Vital statistics of India. Vol. IV, Annual returns from 1871 to 1876. British Army of India, Native Army and jails of Bengal
Year: 1871
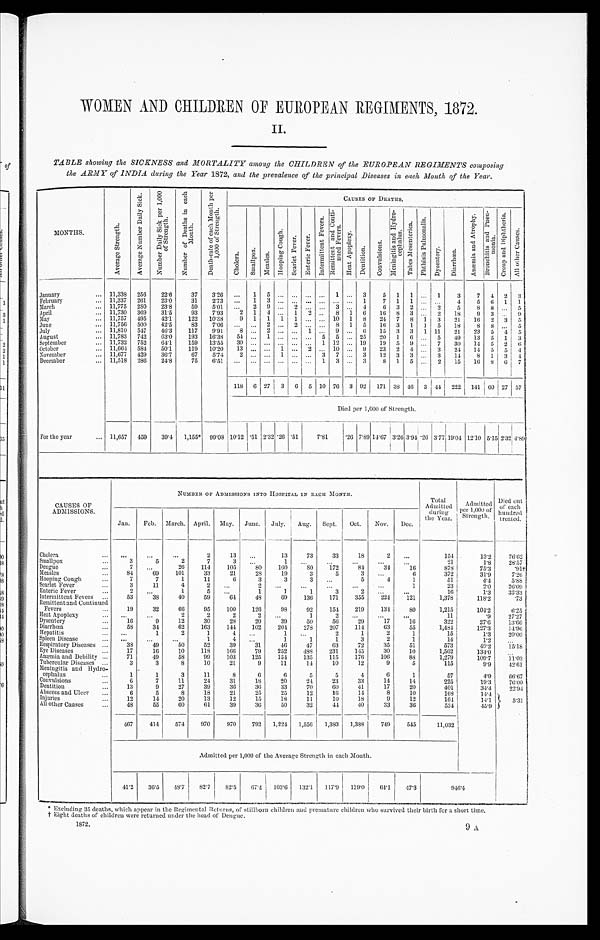
WOMEN AND CHILDREN OF EUROPEAN REGIMENTS , 1872.
II.
TABLE showing the SICKNESS and MORTALITY among the CHILDREN of the EUROPEAN REGIMENTS composing
the ARMY of INDIA during the Year 1872,
and the prevalence of the principal Diseases in each Month of the Year.
MONTHS.
A v e r a g e S t r e n g t h .
A v e r a g e N u m b e r D a i l y S i c k .
N u m b e r D a i l y S i c k p e r 1 , 0 0 0 o f S t r e n g t h .
N u m b e r o f D e a t h s i n e a c h M o n t h .
D e a t h - r a t e o f e a c h M o n t h p e r 1 , 0 0 0 o f S t r e n g t h .
CAUSES OF DEATHS.
C h o l e r a .
S m a l l p o x .
Me a s l e s .
H o o p i n g C o u g h .
S c a r l e t F e v e r s .
E n t e r i c F e v e r .
I nt er mi t t ent Fever s .
R e m i t t e n t a n d C o n t i n u e d f e v e r s .
H e a t A p o p l e x y .
Dent i t i on.
C o n v u l s i o n s .
M e n i n g i t i s a n d H y d r o c e p h a l u s .
T a b e s M e s e n t e r i c a P h t h i s i s P u l mo n a l i s .
D y s e n t e r y . D i a r r h œ a .
A n æ m i a a n d A t r o p h y .
B r o n c h i t i s a n d P n e u m o n i a .
C r o u p a n d D i p h t h e r i a .
Al l o t h e r Ca u s e s .
January
... 11,338
256
22.6
37
3.26
...
1 5 ... ... ... ...
1 ... 3
5
1 1 ... 1
3
7
4
2
3
February
... 11,337
261
23.0
3 1
2.73
. . .
1 3
. . .
...
. . .
...
. . .
. . .
1
7
1 1 ...
. . .
4
5
6
1
1
March
... 11,775
280
23.8
59
5.01
...
2
9 ...
2
. . . ... 3 ... 4
6
3
2 ...
2
5
8 8 ... 5
April
... 11,730
369
31.5
93
7.93
2 1 4
. . . 1 2 ...
8 1 6
1 6 8 3 ...
2
18
9 3 ... 9
M a y
... 11,757 495
42.1
122
10.38
9
1 1 1 1
. . . ... 10 1 8
24 7 8 1 3
21
16 2 3 5
June
... 11,756 500
42.5
83
7.06
. . . . . .
2 ...
2
. . . ...
8 1 5
16 3 1 1 5
18
8 8
. . . 5
July
... 11,810
547
46.3
117
9.91
8 ...
2 ... ...
1 ... 9 ... 6
15
3
3
1 11
21
23
5
4. 5
August
... 11,783
742
63.0
193
16.38
54 ...
1 ... ... ... 5 5 ... 25
20 1 6 ... 5
49
13
5
1 3
September... 11,732
752
64.1
159
13.55
30
. . . ...
. . .
...
. . . 1 12 ... 19
19 5 9 ... 7
30
14
5
2 6
October
... 11,664
584
50.1
119
10.20
13 ... ...
. . . ...
2 ... 10 ... 9
23
2
4 ...
3
2 4
1 4
5
5
4
November
... 11,677
429
36.7
67
5.74
2 ... ...
1 ... ... 3 7 ... 3
12
3
3 ...
3
1 4
8
1
3
4
December
... 11,518
286
24.8
75
6.51
. . . ... ... ... ...
. . . 1 3 ... 3
8 1 5 ... 2
15
1 6 8
6 7
118 6 27 3 6 5 10 76 3 92 171 38 46 3 44 i 222 141
6 0 27 57
Died per 1,000 of Strength.
For the year
. . . 11,657
459
39.4
1,155* 99.08 10.12 .51 2.32 .26 .51
7.81
.26 7.89 14.67 3.26 3.94 .26 3.77 19.04 12.10 5.15 2.32 4.89
CAUSES OF
ADMISSIONS.
NUMBER OF ADMISSIONS INTO HOSPITAL IN EACH MONTH.
Total
Admitted
during
the Year.
Admitted
per 1,000 of
Strength.
Died out
of each
hundred
treated.
Jan.
Feb. March. April. May. June. July. Aug.
Sept.
Oct.
Nov.
Dec.
Cholera ...
. . .
. . .
. . .
2
13
...
13
73
33
18
2
. . .
154
13.2
76.62
Smallpox ...
3
5
2
7
3
...
1
. . .
...
...
. . .
. . .
21
1 . 8
28.57
Dengue
7
. . .
26
114
105
80
160
8 0
172
84
34
16
878
75.3
. 91†
Measles
...
84
69
101
33
21
28
19
3
5
3
. . .
6
372
31.9
7.26
Hooping Cough ...
7
7
1
11
6
3
3
3
. . .
5
4
1
51
4.4
5.88
Scarlet Fever ...
3
11
4
2
. . .
2
. . . ...
...
...
1
23
2.0
26. 09
Enteric Fever
...
2
. . .
1
5
. . .
1
1
1
3
2
. . .
. . .
16
1.3
33.33
Intermittent Fevers
...
53
38
40
59
64
48
69
136
171
355
224
121
1,378
118.2
.73
Remittent and Continued
Fevers
. . .
19
32
66
95
100
126
9 8
92
154
219
134
80
1,215
104.2
6.25
Heat Apoplexy
. . .
...
2
2
2
2
. . .
1
2
. . .
. . .
. . .
1 1
. 9
2 7 . 2 7
Dysentery
...
16
9
12
30
28
20
39
50
56
2 9
1 7
1 6
322
2 7 . 6
1 3 . 6 6
Diarrhœa
...
58
34
62
163
144
102
204
278
207
1 1 4
6 3
5 5
1 , 4 8 4
1 2 7 . 3
1 4 . 9 6
Hepatitis
...
. . .
1
2
1
4
. . .
1
. . .
2
1
2
1
1 5
1 . 3
2 0 . 0 0
Spleen Disease ...
...
. . .
...
1
4
. . .
1
1
1
3
2
1
14
1 . 2
. . .
Respiratory Diseases ...
38
49
50
52
39
31
46
47
63
79
35
5 1
5 7 3
4 9 . 2
15.18
Eye Diseases
...
17
16
10
118
166
79
2 5 2
4 8 8
2 3 1
1 4 5
3 0
1 0
1 , 5 6 2
1 3 4 . 0
. . .
Anæmia and Debility ...
71
49
58
99
103
125
154
135
115
1 7 6
1 0 6
8 8
1 , 2 7 9
1 0 9 . 7
1 1 . 0 3
Tubercular Diseases ...
3
3
8
10
21
9
11
14
10
12
9
5
115
9.9
42.61
Meningitis and Hydro
cephalus
...
1
1
3
11
8
6
6
5
5
4
6
1
57
4.9
66.67
Convulsions.
6
7
11
24
31
1 8
20
24
23
33
14
14
25
19.3
76.00
Dentition...
13
9
27
39
36
36
33
70
6 0
4 1
1 7
2 0
4 0 1
3 4 . 4
2 2 . 9 4
Abscess and Ulcer
...
6
5
8
18
21
25
25
12
16
1 4
8
1 0
1 6 8
1 4 . 4
Injuries...
12
14
20
13
12
15
18
11
10
18
9
12
164
14.1
5.31
All other Causes
...
48
55
60
61
39
36
50
3 2
4 4
4 0
3 3
3 6
534
45.9
467
414
574
970
970
792
1,224
1,556
1,383
1,388
749
545
11,032
Admitted per 1,000 of the Average Strength in each Month.
41.2
36.5
48.7
82.7
82.5
67.4
103.6
132.1
117.9
119.0
64.1
47.3
9 4 6 . 4
* Excluding 35 deaths, w hich ich appear in the Regimental Returns, of stillborn children and premature children who survived their birth for a short time,
† Eight deaths of children were returned under the head of Dengue.
1372.
9 A